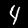
Label: 4